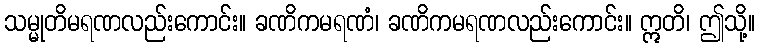
သမ္မုတိမရဏလည်းကောင်း။ ခဏိကမရဏံ၊ ခဏိကမရဏလည်းကောင်း။ ဣတိ၊ ဤသို့။